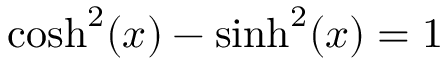
\cosh ^ { 2 } ( x ) - \sinh ^ { 2 } ( x ) = 1